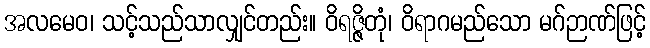
အလမေဝ၊ သင့်သည်သာလျှင်တည်း။ ဝိရဇ္ဇိတုံ၊ ဝိရာဂမည်သော မဂ်ဉာဏ်ဖြင့်